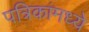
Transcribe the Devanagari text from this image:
पत्रिकांमध्ये